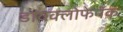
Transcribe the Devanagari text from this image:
डायक्लोफेनॅक